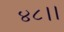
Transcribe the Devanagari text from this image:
४८।।